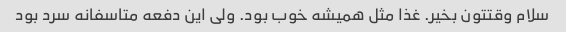
سلام وقتتون بخیر. غذا مثل همیشه خوب بود. ولی این دفعه متاسفانه سرد بود